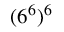
( 6 ^ { 6 } ) ^ { 6 }